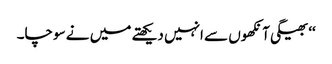
‘‘ بھیگی آنکھوں سے انہیں دیکھتے میں نے سوچا۔